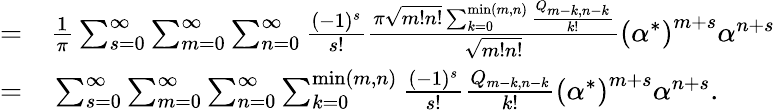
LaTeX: \begin{array}{rl}{=}&{{}\frac{1}{\pi}\sum_{s=0}^{\infty}\sum_{m=0}^{\infty}\sum_{n=0}^{\infty}\frac{(-1)^{s}}{s!}\frac{\pi\sqrt{m!n!}\sum_{k=0}^{\operatorname*{min}(m,n)}\frac{Q_{m-k,n-k}}{k!}}{\sqrt{m!n!}}\left({\alpha^{*}}\right)^{m+s}\alpha^{n+s}}\\ {=}&{{}\sum_{s=0}^{\infty}\sum_{m=0}^{\infty}\sum_{n=0}^{\infty}\sum_{k=0}^{\operatorname*{min}(m,n)}\frac{(-1)^{s}}{s!}\frac{Q_{m-k,n-k}}{k!}\left({\alpha^{*}}\right)^{m+s}\alpha^{n+s}.}\end{array}